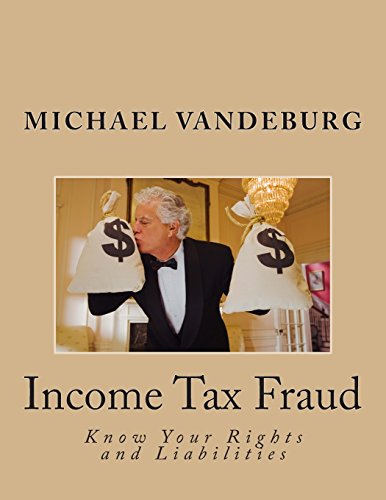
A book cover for Income Tax Fraud: Know Your Rights and Liabilities; Mr. Michael Vandeburg; Law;